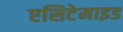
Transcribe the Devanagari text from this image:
एसिटेमाइड